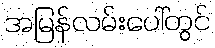
အမြန်လမ်းပေါ်တွင်